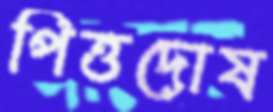
পিত্তদোষ